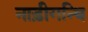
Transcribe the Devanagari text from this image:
नाड़ीगन्थि